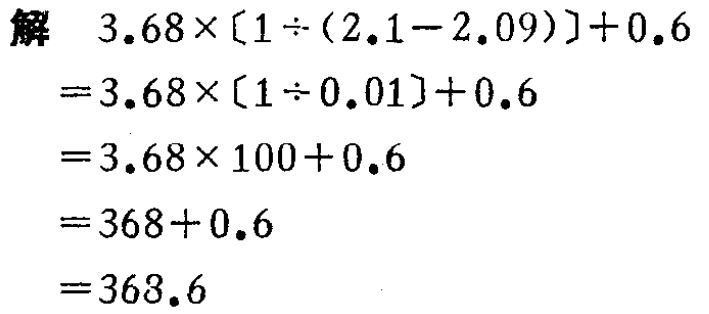
解

\[

\begin{align*}

&3.68\times[1\div(2.1 - 2.09)]+0.6\\

=&3.68\times[1\div0.01]+0.6\\

=&3.68\times100 + 0.6\\

=&368+0.6\\

=&368.6

\end{align*}

\]